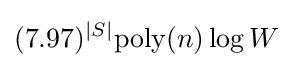
(7.97)^{|S|}{\text{poly}}(n)\log W